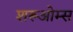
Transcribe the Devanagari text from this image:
शरूओम्स